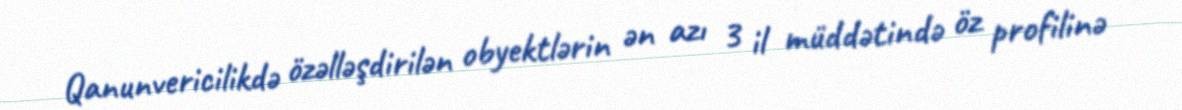
Qanunvericilikdə özəlləşdirilən obyektlərin ən azı 3 il müddətində öz profilinə